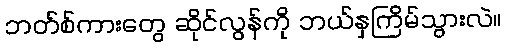
ဘတ်စ်ကားတွေ ဆိုင်လွန်ကို ဘယ်နှကြိမ်သွားလဲ။